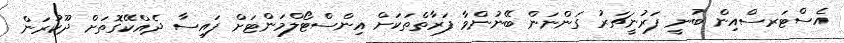
އެސްޓަރސްއިން ބުނީ ފަރުނީޗަރު ގަންނަން ބޭނުންވާ ފަރާތްތަކަށް އިންސްޓޯލްމަންޓަށް ފައިސާ ދެއްކޭގޮތަށް ދޫކުރަން